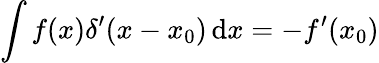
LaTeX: \int f(x)\delta^{\prime}(x-x_{0})\, \mathrm{d}x=-f^{\prime}(x_{0})